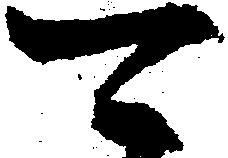
可